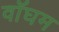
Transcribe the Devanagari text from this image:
वॉघम